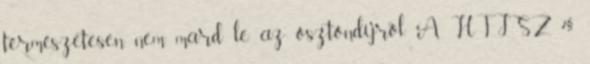
természetesen nem mard le az ösztöndíjról. A HTJSZ 7§